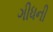
ગીધની